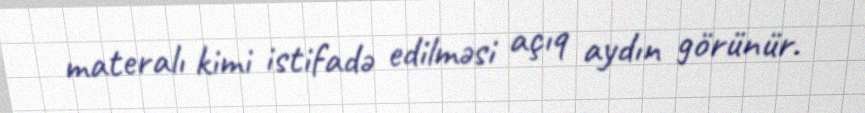
materalı kimi istifadə edilməsi açıq aydın görünür.